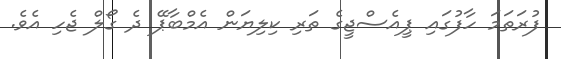
ފުރަތަމަ ހާފުގައި ޕީއެސްޖީގެ ތަރި ކިލިޔަން އެމްބާޕޭ ދެ ގޯލް ޖެހި އެވެ.